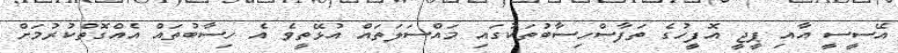
އޭސީސީ އާއި ޕީޖީ އޮފީހުގެ ތަފާސްހިސާބުތަކުގައި މައްސަލަތައް އުޅޭތީވެ އެ ހިސާބުތައް އެއްގޮތްކުރުމަށް